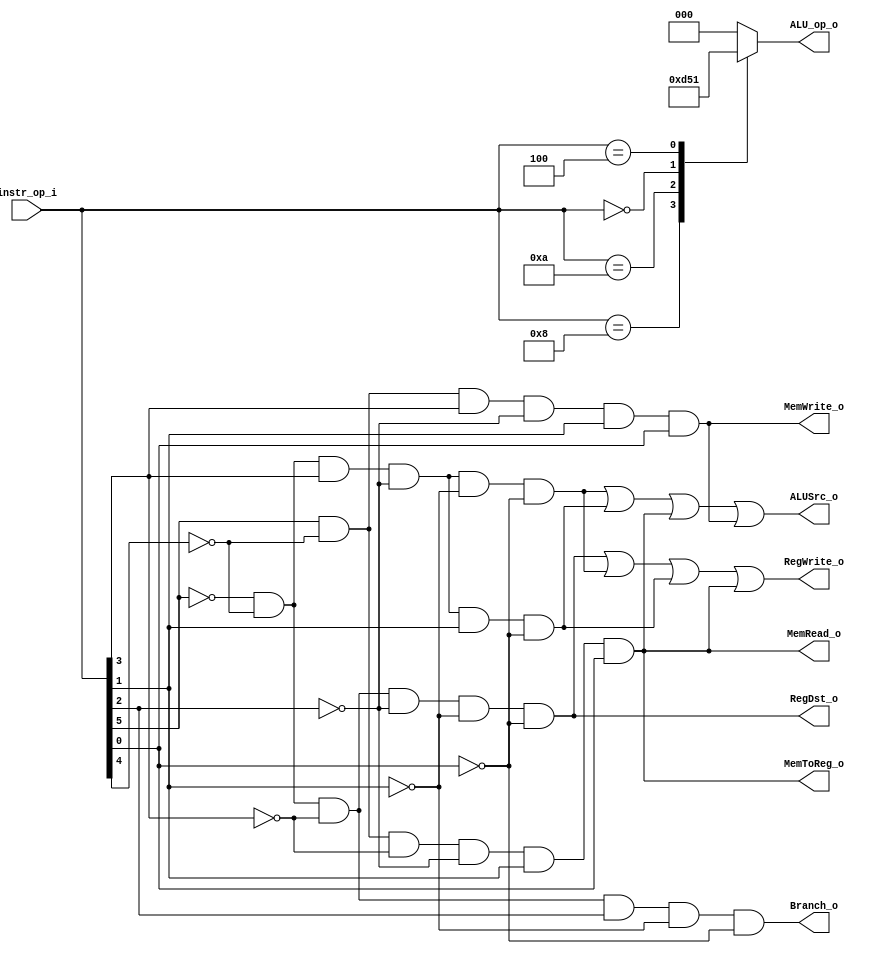
// 0816153

`timescale 1ns/1ps
module Decoder(
    instr_op_i,
	RegWrite_o,
	ALU_op_o,
	ALUSrc_o,
	RegDst_o,
	Branch_o,
	MemToReg_o,
	MemRead_o,
	MemWrite_o
);
     
// I/O ports
input  [6-1:0] instr_op_i;

output         RegWrite_o;
output [3-1:0] ALU_op_o;
output         ALUSrc_o;
output 		   RegDst_o;
output         Branch_o;

output MemToReg_o;
output MemRead_o;
output MemWrite_o;

 
// Internal Signals
reg    [3-1:0] ALU_op_o;
reg            ALUSrc_o;
reg            RegWrite_o;
reg            RegDst_o;
reg            Branch_o;

reg MemToReg_o;
reg MemRead_o;
reg MemWrite_o;

// Parameter

// R-format 000,000
wire rfmt = (~instr_op_i[5]) & (~instr_op_i[4]) & (~instr_op_i[3]) &
			(~instr_op_i[2]) & (~instr_op_i[1]) & (~instr_op_i[0]);

// Addi 001,000
wire addi = (~instr_op_i[5]) & (~instr_op_i[4]) & ( instr_op_i[3]) &
			(~instr_op_i[2]) & (~instr_op_i[1]) & (~instr_op_i[0]);

// slti 001,010
wire slti = (~instr_op_i[5]) & (~instr_op_i[4]) & ( instr_op_i[3]) &
			(~instr_op_i[2]) & ( instr_op_i[1]) & (~instr_op_i[0]);

// beq 000,100
wire bieq = (~instr_op_i[5]) & (~instr_op_i[4]) & (~instr_op_i[3]) &
			( instr_op_i[2]) & (~instr_op_i[1]) & (~instr_op_i[0]);

// lw 100,011
wire lowd = ( instr_op_i[5]) & (~instr_op_i[4]) & (~instr_op_i[3]) &
			(~instr_op_i[2]) & ( instr_op_i[1]) & ( instr_op_i[0]);

// sw 101,011
wire stwd = ( instr_op_i[5]) & (~instr_op_i[4]) & ( instr_op_i[3]) &
			(~instr_op_i[2]) & ( instr_op_i[1]) & ( instr_op_i[0]);

always @(*) begin 
	RegDst_o <= rfmt;

	RegWrite_o <= rfmt | addi | slti | lowd;
	Branch_o <= bieq;
	ALUSrc_o <= addi | slti | lowd | stwd;
	
	MemToReg_o <= lowd;
	MemRead_o <= lowd;
	MemWrite_o <= stwd;
end

// ALU_OP
always @(*) begin
	case(instr_op_i)
		6'b001000: ALU_op_o <= 3'b110; // addi
		6'b001010: ALU_op_o <= 3'b101; // slti
		6'b000000: ALU_op_o <= 3'b010; // r-format
		6'b000100: ALU_op_o <= 3'b001; // beq
		default:
			ALU_op_o <= 3'b000; // lw & sw
	endcase
end

endmodule